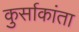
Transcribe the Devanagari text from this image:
कुर्साकांता